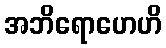
အဘိရောဟေဟိ